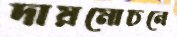
দায়মোচনে